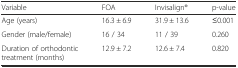
| Variable | FOA | Invisalign® | p-value |
 | --- | --- | --- | --- |
 | Age (years) | 16.3 ± 6.9 | 31.9 ± 13.6 | ≤0.001 |
 | Gender (male/female) | 16 / 34 | 11 / 39 | 0.260 |
 | Duration of orthodontic treatment (months) | 12.9 ± 7.2 | 12.6 ± 7.4 | 0.820 |